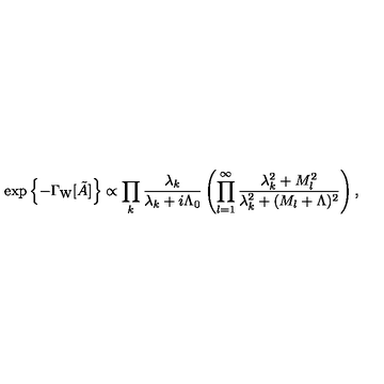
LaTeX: \exp \left\{ - \Gamma _ { \mathrm { W } } [ \tilde { A } ] \right\} \propto \prod _ { k } \frac { \lambda _ { k } } { \lambda _ { k } + i \Lambda _ { 0 } } \left( \prod _ { l = 1 } ^ { \infty } \frac { \lambda _ { k } ^ { 2 } + M _ { l } ^ { 2 } } { \lambda _ { k } ^ { 2 } + ( M _ { l } + \Lambda ) ^ { 2 } } \right) ,